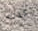
كذلك